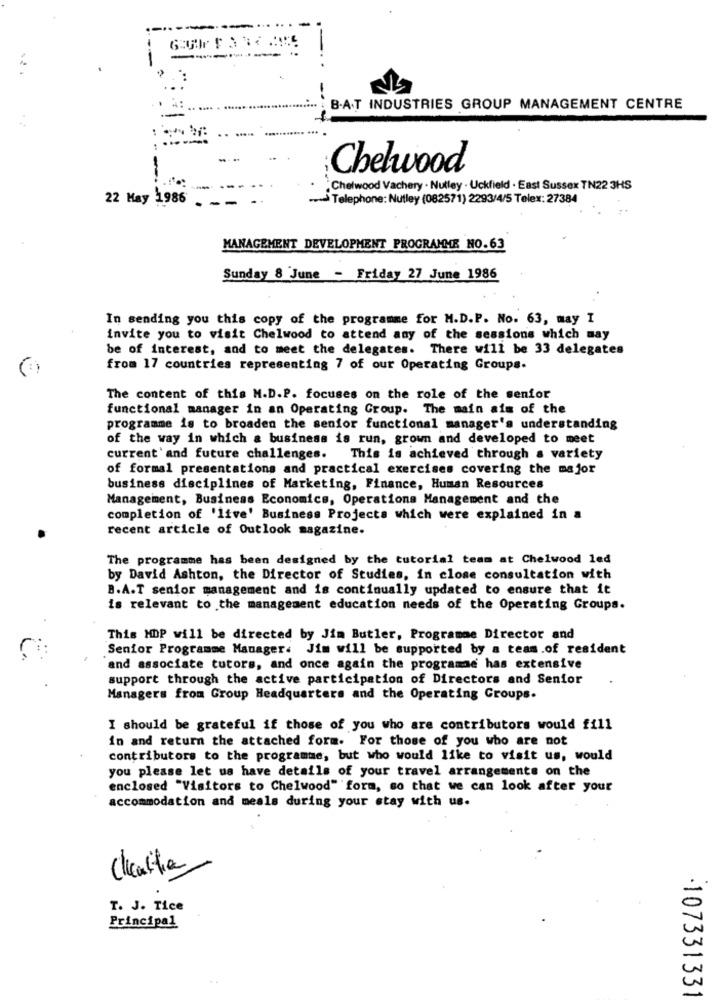
. B.A.T INDUSTRIES GROUP MANAGEMENT CENTRE
Chelwood
"Chetwood Vachery . Nutley . Uckfield . East Sussex TN22 3HS
22 May 1986
Telephone: Nutley (082571) 2293/4/5 Telex: 27384
MANAGEMENT DEVELOPMENT PROGRAMME NO.63
Sunday 8 June - Friday 27 June 1986
In sending you this copy of the programme for H.D.P. No. 63, may I
invite you to visit Chelwood to attend any of the sessions which may
be of interest, and to meet the delegates. There will be 33 delegates
from 17 countries representing 7 of our Operating Groups.
The content of this M.D.P. focuses on the role of the senfor
functional manager in an Operating Group. The main aim of the
programme is to broaden the senior functional manager's understanding
of the way in which a business is run, grown and developed to meet
current' and future challenges.
This is achieved through a variety
of formal presentations and practical exercises covering the major
business disciplines of Marketing, Finance, Human Resources
Management, Business Economics, Operations Management and the
completion of 'live' Business Projects which were explained in a
recent article of Outlook magazine.
The programme has been designed by the tutorial team at Chelwood led
by David Ashton, the Director of Studies, in close consultation with
B.A.T senior management and is continually updated to ensure that it
is relevant to the management education needs of the Operating Groups.
This HDP will be directed by Jim Butler, Programme Director and
Senior Programme Manager. Jim will be supported by a team.of resident
and associate tutors, and once again the programme has extensive
support through the active participation of Directors and Senior
Managers from Group Headquarters and the Operating Groups.
I should be grateful if those of you who are contributors would fill
in and return the attached form. For those of you who are not
contributors to the programme, but who would like to visit us, would
you please let us have details of your travel arrangements on the
enclosed "Visitors to Chelwood" form, so that we can look after your
accommodation and meals during your stay with us.
Clicathe
T. J. Tice
Principal
107331331